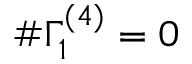
\# \Gamma _ { 1 } ^ { ( 4 ) } = 0